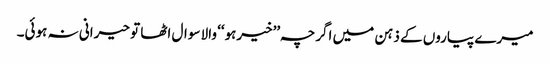
میرے پیاروں کے ذہن میں اگرچہ ’’خیرہو‘‘ والا سوال اٹھا تو حیرانی نہ ہوئی۔